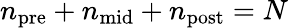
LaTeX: n_{\mathrm{pre}}+n_{\mathrm{mid}}+n_{\mathrm{post}}=N